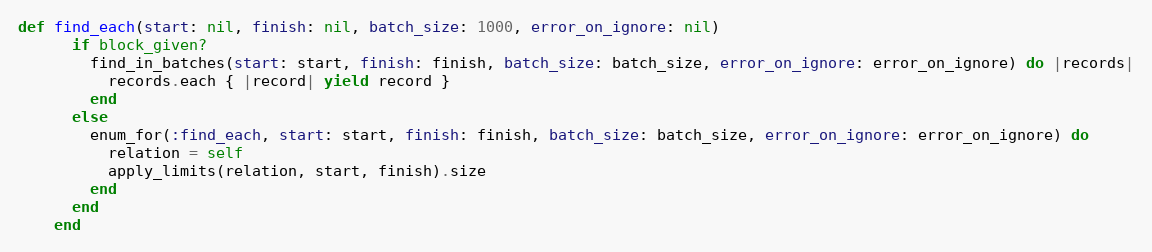
Language: Ruby
def find_each(start: nil, finish: nil, batch_size: 1000, error_on_ignore: nil)
      if block_given?
        find_in_batches(start: start, finish: finish, batch_size: batch_size, error_on_ignore: error_on_ignore) do |records|
          records.each { |record| yield record }
        end
      else
        enum_for(:find_each, start: start, finish: finish, batch_size: batch_size, error_on_ignore: error_on_ignore) do
          relation = self
          apply_limits(relation, start, finish).size
        end
      end
    end